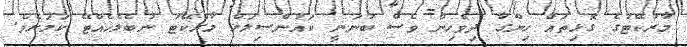
މާރުކޭޓުގެ ގޮޅިތައް ހިންގާ ދިވެހިން ވެސް ބުނަނީ ކައުންސިލަށް މާރުކޭޓު ނުބެލެހެއްޓޭ ކަމަށެވެ.